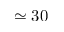
\simeq 3 0